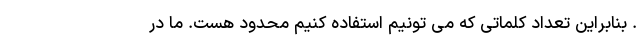
. بنابراین تعداد کلماتی که می تونیم استفاده کنیم محدود هست. ما در